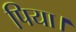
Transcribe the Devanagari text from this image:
पिया।